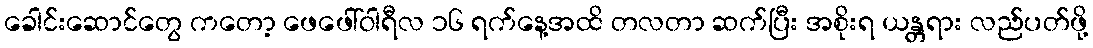
ခေါင်းဆောင်တွေ ကတော့ ဖေဖေါ်ဝါရီလ ၁၆ ရက်နေ့အထိ တလတာ ဆက်ပြီး အစိုးရ ယန္တရား လည်ပတ်ဖို့